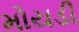
મોયડી